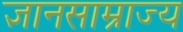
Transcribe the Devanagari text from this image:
ज्ञानसाम्राज्य